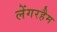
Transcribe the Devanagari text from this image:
लेंगरहैम